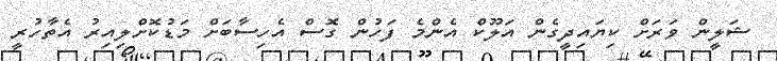
ޝަލީން ވަރަށް ކިޔައިދީގެން އަލޫކް އެންމެ ފަހުން ގޮސް އެހިސާބަށް މަޑުކޮށްލިއިރު އެތާހުރީ